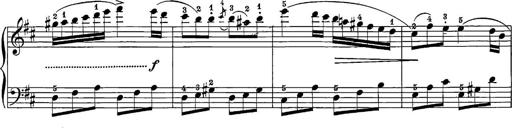
Title: 12 Sonatine per Pianoforte
Composer: Friedrich Kuhlau